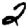
Digit: 2